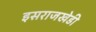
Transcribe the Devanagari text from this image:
इसराजखेडी